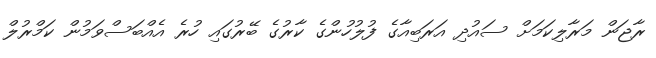
ރާޖަން މަރާލިކަމަށް ސައުދި އަރަބިއާގެ ފުލުހުންގެ ކާރުގެ ބޭރުގައި ހުރެ އެއްބަސްވަމުން ކަމްރުލް